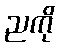
ညကို